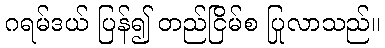
ဂရမ်ဒယ် ပြန်၍ တည်ငြိမ်စ ပြုလာသည်။